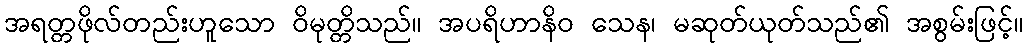
အရတ္တဖိုလ်တည်းဟူသော ဝိမုတ္တိသည်။ အပရိဟာနိဝ သေန၊ မဆုတ်ယုတ်သည်၏ အစွမ်းဖြင့်။